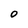
Character: 0